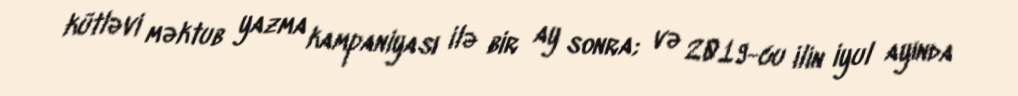
kütləvi məktub yazma kampaniyası ilə bir ay sonra; və 2019-cu ilin iyul ayında